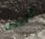
الرجل